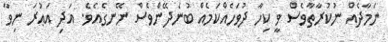
ނަމާދެއް ނުކުރާތާވެސް ވީ ކިހާ ދުވަހެއްކަމެއް ބުނެދޭންވެސް ނޭނގެއެވެ. އަދި އަޢުރަ ނިވާ